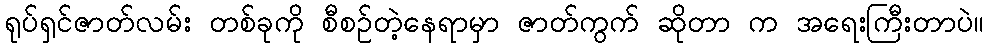
ရုပ်ရှင်ဇာတ်လမ်း တစ်ခုကို စီစဉ်တဲ့နေရာမှာ ဇာတ်ကွက် ဆိုတာ က အရေးကြီးတာပဲ။